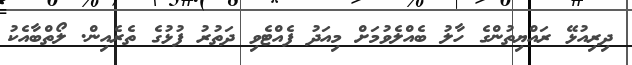
ދިރިއުޅޭ ރައްޔިތުންގެ ހާލު ބެއްލެވުމަށް މިއަދު ފެއްޓެވި ދަތުރު ފުޅުގެ ތެރެއިން. ލޯތްބާއެކު